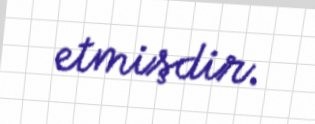
etmişdir.